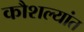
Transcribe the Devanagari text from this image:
कौशल्यांत